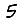
Digit: 5